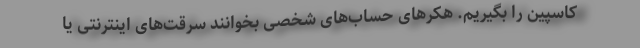
کاسپین را بگیریم. هکرهای حساب‌های شخصی بخوانند سرقت‌های اینترنتی یا